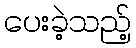
ပေးခဲ့သည့်